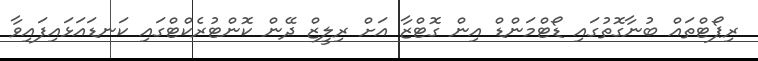
ރިޕޯޓްތައް ބުނާގޮތުގައި ޑޯޓްމަންޑް އިން ގޮޓްޒާ އަށް ރިލީޒް ދޭން ކޮންޓުރެކްޓްގައި ކަނޑައަޅައިފައިވާ